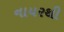
નાયરથી